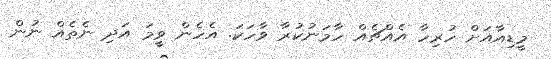
މީޑިއާއަށް ހުރިހާ އެއްޗެއް ހާމަނުކުރާ ވާހަކަ. އެހެން ވީމަ އަދި ނެތެއް ނުން